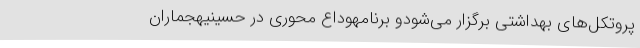
پروتکل‌های بهداشتی برگزار می‌شودو برنامهوداع محوری در حسینیهجماران